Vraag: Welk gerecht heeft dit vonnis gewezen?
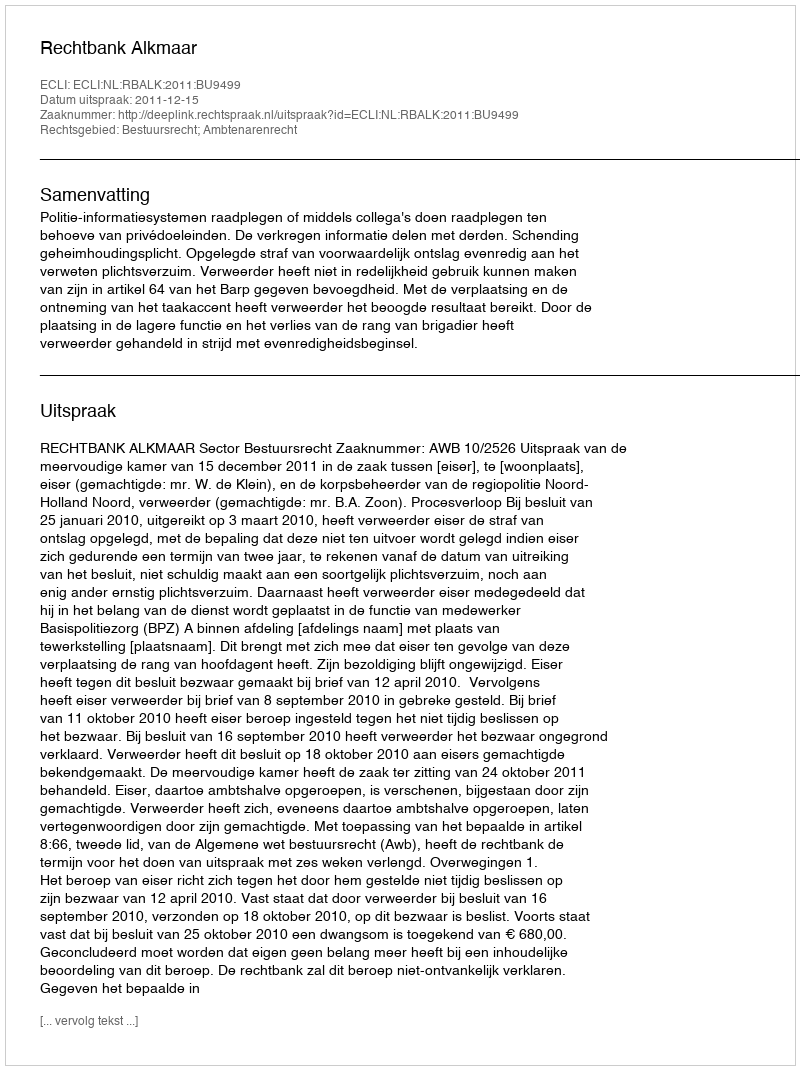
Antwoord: Rechtbank Alkmaar